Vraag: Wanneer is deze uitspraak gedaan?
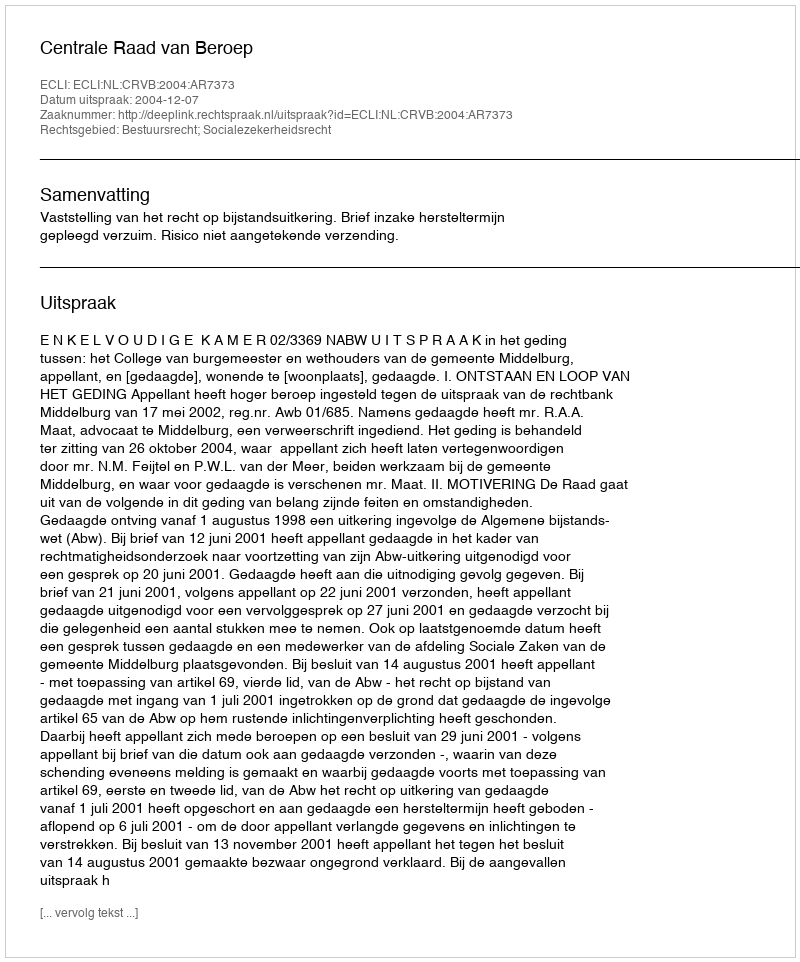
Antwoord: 2004-12-07